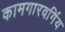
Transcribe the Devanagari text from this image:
कामगारवर्गिय